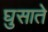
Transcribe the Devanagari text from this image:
घुसाते